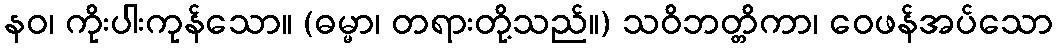
နဝ၊ ကိုးပါးကုန်သော။ (ဓမ္မာ၊ တရားတို့သည်။) သဝိဘတ္တိကာ၊ ဝေဖန်အပ်သော